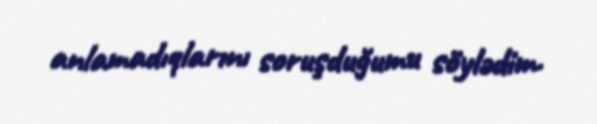
anlamadıqlarını soruşduğumu söylədim.